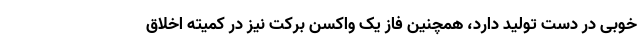
خوبی در دست تولید دارد، همچنین فاز یک واکسن برکت نیز در کمیته اخلاق